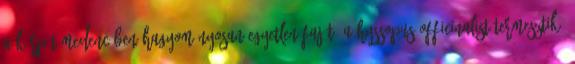
A Kárpát-medencében hagyományosan egyetlen faját, a Hyssopus officinalist termesztik,